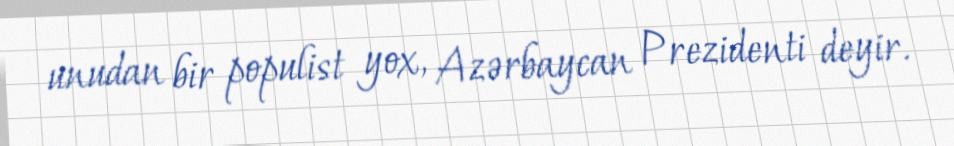
unudan bir populist yox, Azərbaycan Prezidenti deyir.